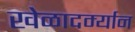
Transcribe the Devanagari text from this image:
खेळादर्म्यान